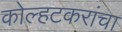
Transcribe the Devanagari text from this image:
कोल्हटकरांचा